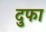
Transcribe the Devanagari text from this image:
दुफा